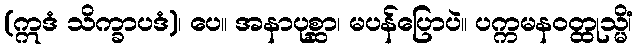
(ဣဒံ သိက္ခာပဒံ)၊ ပေ။ အနာပုစ္ဆာ၊ မပန်ပြောပဲ။ ပက္ကမနဝတ္ထုသ္မိံ၊